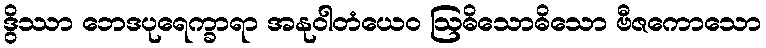
ဒွိဿာ ဘေဒပုရေက္ခာရာ အနုဝါတံယေဝ ဩဓိသောဓိသော ဗီဇကောသော